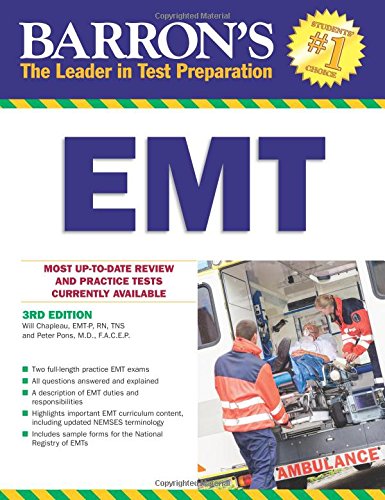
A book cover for Barron's EMT, 3rd Edition (Barron's How to Prepare for the Emt Basic Exam); Chief Will Chapleau EMT-P RN; Test Preparation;